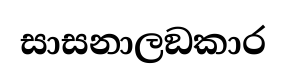
සාසනාලඞකාර